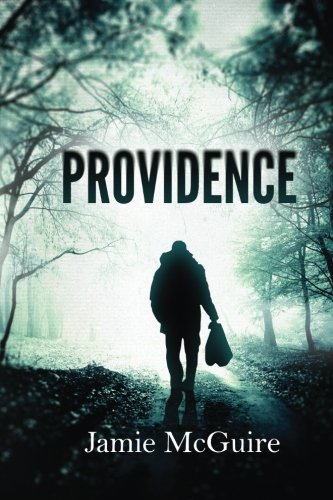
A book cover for Providence (Volume 1); Jamie McGuire; Romance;